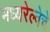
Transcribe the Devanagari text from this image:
मध्यरेल्वेचे